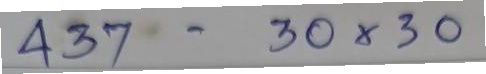
437 - 30x30